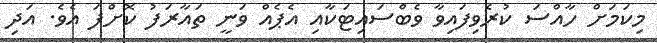
މިކަމަށް ހާއްސަ ކުރެވިފައިވާ ވެބްސައިޓަކާއި އެޕެއް ވަނީ ތައާރަފު ކޮށްފަ އެވެ. އަދި